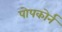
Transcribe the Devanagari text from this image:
पोपकोर्न